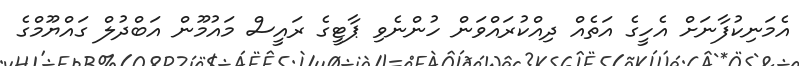
އެމަނިކުފާނަށް އެހީގެ އަތެއް ދިއްކުރައްވަން ހުންނެވި ޕާޓީގެ ރައީސް މައުމޫން އަބްދުލް ގައްޔޫމްގެ